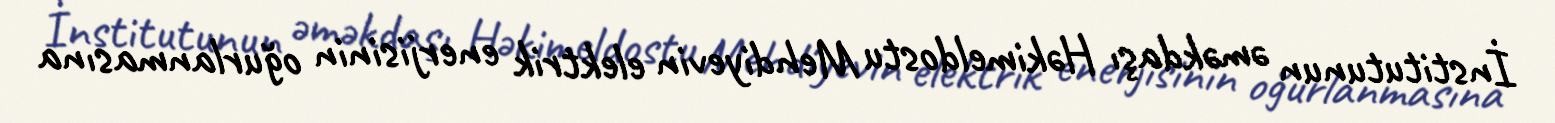
İnstitutunun əməkdaşı Həkimeldostu Mehdiyevin elektrik enerjisinin oğurlanmasına